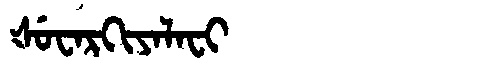
Manchu: ᡧᡠᠸᠠᡵᡴᡳᠶᠠᠯᠠᠸᡳ
Romanization: ŠUWARKIYALAFI